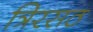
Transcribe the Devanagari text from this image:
त्रिरसठ